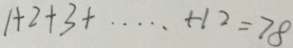
1 + 2 + 3 + \cdots + 1 2 = 7 8